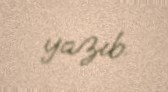
yazıb.